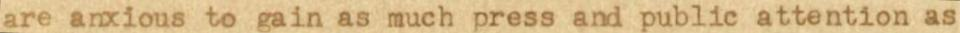
are arxious to gain as much press and public attention as